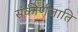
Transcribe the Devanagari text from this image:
संकीर्णजाति